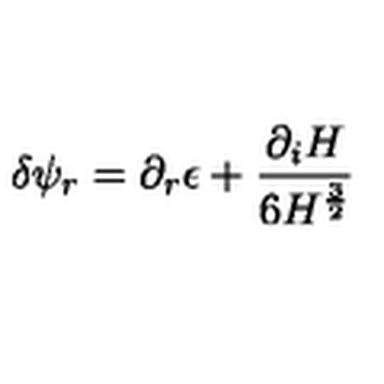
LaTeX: \delta \psi _ { r } = \partial _ { r } \epsilon + { \frac { \partial _ { i } H } { 6 H ^ { \frac { 3 } { 2 } } } }